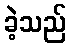
ခဲ့သည်